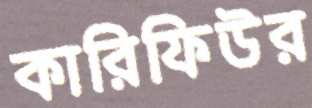
কারিফিউর